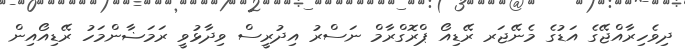
ދިވެހިރާއްޖޭގެ އަޑުގެ މެނޭޖަރ ރޭޑިއޯ ޕްރޮގްރާމް ނަސްރު އިދުރީސް ވިދާޅުވީ ރަމަޟާންމަހު ރޭޑިއޯއިން